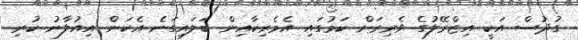
ގުދުސް އަކީ އިޒްރޭލުގެ ވެރިރަށް ކަމުގައި އެމެރިކާއިން ބަލައިގަނެ އެކަން އިއުލާނު ކުރި